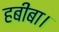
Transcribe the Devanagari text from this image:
हबीबा।